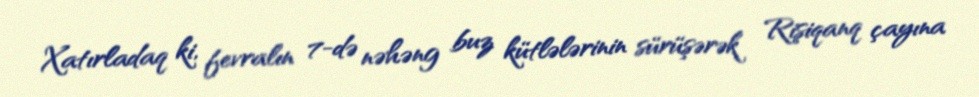
Xatırladaq ki, fevralın 7-də nəhəng buz kütlələrinin sürüşərək Rişiqanq çayına